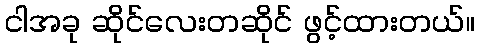
ငါအခု ဆိုင်လေးတဆိုင် ဖွင့်ထားတယ်။